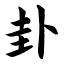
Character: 卦